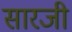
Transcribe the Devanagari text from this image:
सारजी